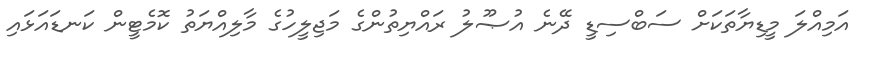
އަމިއްލަ މީޑިޔާތަކަށް ސަބްސިޑީ ދޭނެ އުޞޫލު ރައްޔިތުންގެ މަޖިލީހުގެ މާލިއްޔަތު ކޮމެޓީން ކަނޑައަޅައި